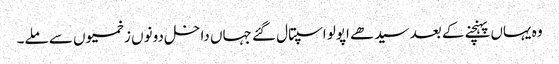
وہ یہاں پہنچنے کے بعد سیدھے اپولو اسپتال گئے جہاں داخل دونوں زخمیوں سے ملے۔